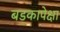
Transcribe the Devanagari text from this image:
बडकापेक्षा